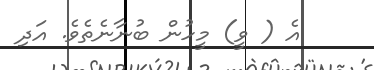
އެ ( ވީ) މީހުން ބުނާނެތެވެ. އަދި